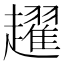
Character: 趯